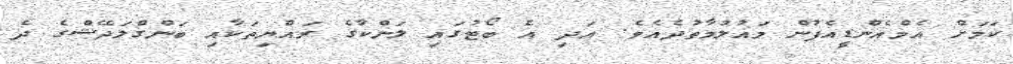
ކަމަށް އެމްއެންޑީއެފުން މައުލުމާތުދެއެވެ. އަދި އެ ބޯޓުގައި ލަންކާގެ ރައްޔިތަކާއި ބަންގްލަދޭޝްގެ ދެ